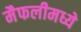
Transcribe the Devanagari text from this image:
मैफलीमध्ये